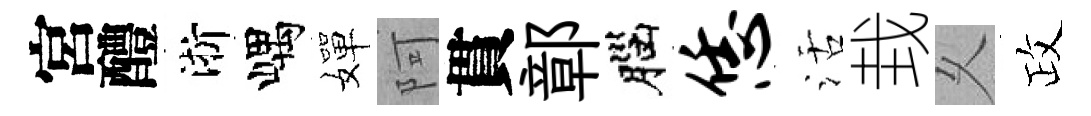
宮醴淅嵎嬋阿貫鄣腦恁活㘽乆政